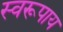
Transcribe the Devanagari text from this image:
स्वरूपाय